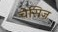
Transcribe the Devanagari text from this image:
चेसिज़